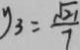
y _ { 3 } = \frac { \sqrt { 2 1 } } { 7 }